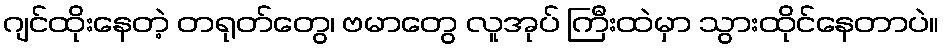
ဂျင်ထိုးနေတဲ့ တရုတ်တွေ၊ ဗမာတွေ လူအုပ် ကြီးထဲမှာ သွားထိုင်နေတာပဲ။